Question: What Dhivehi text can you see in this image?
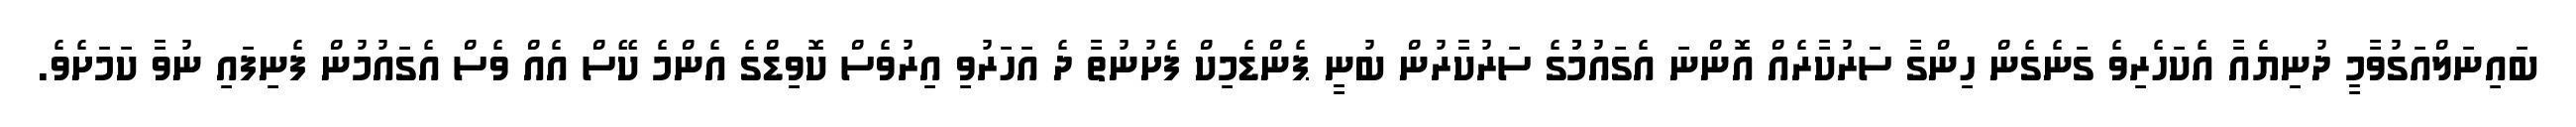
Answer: ބައިނަލްއަގުވާމީ ދުނިޔެއާ އެކަހެރިވެ ގަނެގެން ހިންގާ ސަރުކާރެއް އޮންނަ އެގައުމުުގެ ސަރުކާރުން ބުނީ ޕެންޑެމިކް ފެށުނުތާ ދެ އަހަރުވި އިރުވެސް ކޮވިޑްގެ އެންމެ ކޭސް އެއް ވެސް އެގައުމުން ފެނިފައި ނުވާ ކަމަށެވެ.